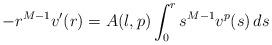
LaTeX: \begin{align*}-r^{M-1}v'(r)=A(\l,p)\int_0^r s^{M-1}v^p(s)\, ds\end{align*}